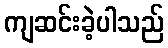
ကျဆင်းခဲ့ပါသည်